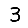
Digit: 3